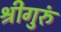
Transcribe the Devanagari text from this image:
श्रीगुरुं